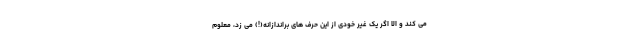
می کند و الا اگر یک غیر خودی از این حرف های براندازانه(!) می زد، معلوم